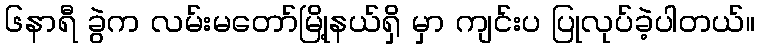
၆နာရီ ခွဲက လမ်းမတော်မြို့နယ်ရှိ မှာ ကျင်းပ ပြုလုပ်ခဲ့ပါတယ်။